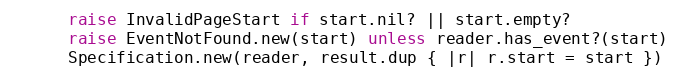
Language: Ruby
      raise InvalidPageStart if start.nil? || start.empty?
      raise EventNotFound.new(start) unless reader.has_event?(start)
      Specification.new(reader, result.dup { |r| r.start = start })